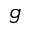
g